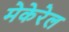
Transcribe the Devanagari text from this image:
मेकेरेल